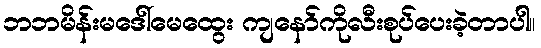
ဘဘမိန်းမဒေါ်မေထွေး ကျနော်ကိုလီးစုပ်ပေးခဲ့တာပါ။